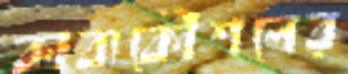
কাব্যকৌশলের